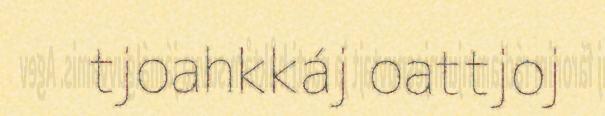
tjoahkkáj oattjoj